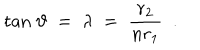
\mathrm { t a n } \; \vartheta \; = \; \lambda \; = \; { \frac { r _ { 2 } } { n r _ { 1 } } } \ \; .